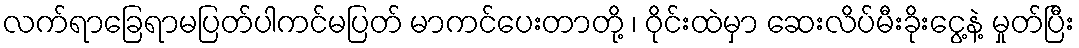
လက်ရာခြေရာမပြတ်ပါကင်မပြတ် မာကင်ပေးတာတို့ ၊ ဝိုင်းထဲမှာ ဆေးလိပ်မီးခိုးငွေ့နဲ့ မှုတ်ပြီး